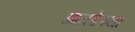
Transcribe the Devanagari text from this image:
आतडेच्या